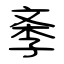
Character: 斈